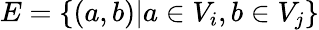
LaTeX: E=\{ (a,b)|a\in V_{i},b\in V_{j}\}